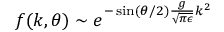
f ( k , \theta ) \sim e ^ { - \sin ( \theta / 2 ) \frac { g } { \sqrt { \pi \epsilon } } k ^ { 2 } }